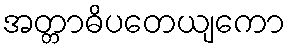
အတ္တာဓိပတေယျကော